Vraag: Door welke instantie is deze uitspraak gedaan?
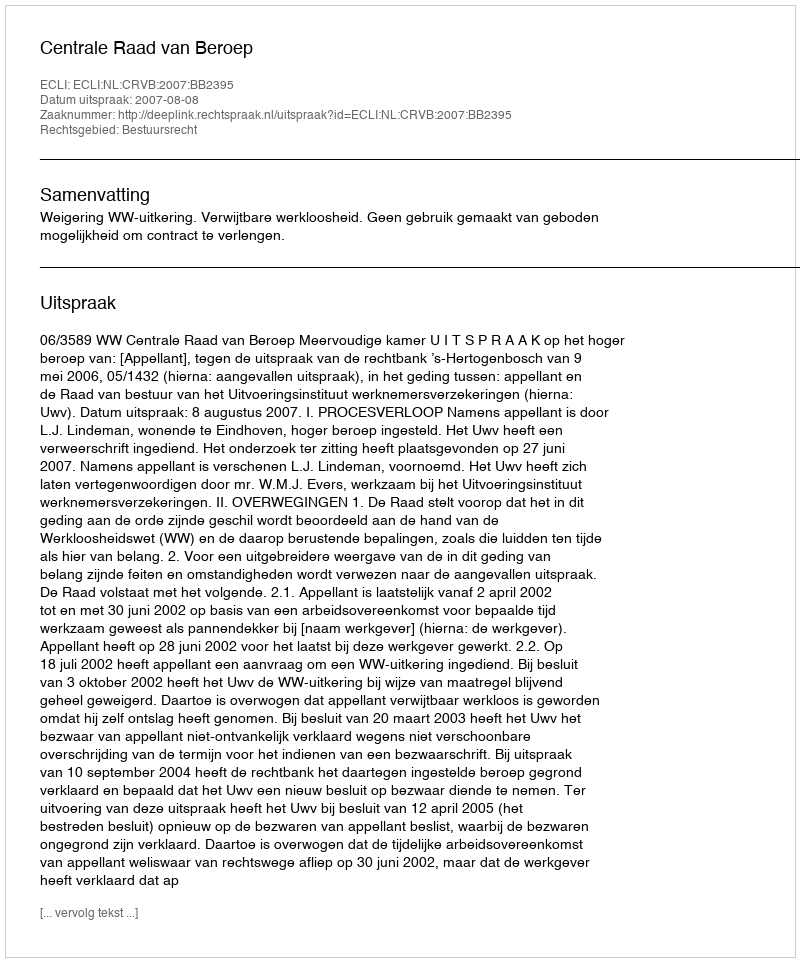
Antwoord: Centrale Raad van Beroep